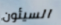
السيئون